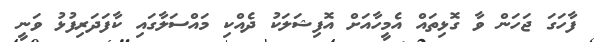
ފާހަގަ ޖަހަން ވާ ގޮޅިތައް އެމީހާއަށް އޮފިޝަލަކު ދެއްކި މައްސަލާގައި ކާފަދަރިފުޅު ވަނީ